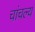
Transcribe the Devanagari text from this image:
चांचल्य